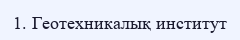
1. Геотехникалық институт